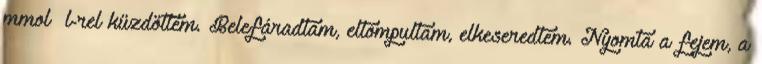
mmol l-rel küzdöttem. Belefáradtam, eltompultam, elkeseredtem. Nyomta a fejem, a